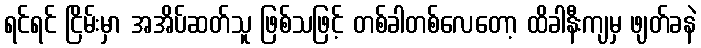
ရင်ရင် ငြိမ်းမှာ အအိပ်ဆတ်သူ ဖြစ်သဖြင့် တစ်ခါတစ်လေတော့ ထိခါနီးကျမှ ဖျတ်ခနဲ